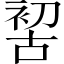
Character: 𠸗